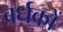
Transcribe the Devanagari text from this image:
वर्धकों